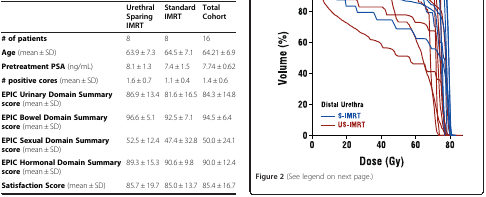
<table><thead><tr><td><b> </b></td><td><b>Urethral Sparing IMRT</b></td><td><b>Standard IMRT</b></td><td><b>Total Cohort</b></td></tr></thead><tbody><tr><td><b># of patients</b></td><td>8</td><td>8</td><td>16</td></tr><tr><td><b>Age</b> (mean ± SD)</td><td>63.9 ± 7.3</td><td>64.5 ± 7.1</td><td>64.21 ± 6.9</td></tr><tr><td><b>Pretreatment PSA</b> (ng/mL)</td><td>8.1 ± 1.3</td><td>7.4 ± 1.5</td><td>7.74 ± 0.62</td></tr><tr><td><b># positive cores</b> (mean ± SD)</td><td>1.6 ± 0.7</td><td>1.1 ± 0.4</td><td>1.4 ± 0.6</td></tr><tr><td><b>EPIC Urinary Domain Summary score</b> (mean ± SD)</td><td>86.9 ± 13.4</td><td>81.6 ± 16.5</td><td>84.3 ± 14.8</td></tr><tr><td><b>EPIC Bowel Domain Summary score</b> (mean ± SD)</td><td>96.6 ± 5.1</td><td>92.5 ± 7.1</td><td>94.5 ± 6.4</td></tr><tr><td><b>EPIC Sexual Domain Summary score</b> (mean ± SD)</td><td>52.5 ± 12.4</td><td>47.4 ± 32.8</td><td>50.0 ± 24.1</td></tr><tr><td><b>EPIC Hormonal Domain Summary score</b> (mean ± SD)</td><td>89.3 ± 15.3</td><td>90.6 ± 9.8</td><td>90.0 ± 12.4</td></tr><tr><td><b>Satisfaction Score</b> (mean ± SD)</td><td>85.7 ± 19.7</td><td>85.0 ± 13.7</td><td>85.4 ± 16.7</td></tr></tbody></table>